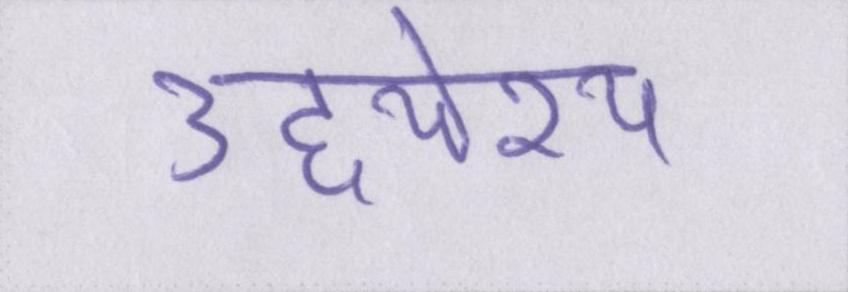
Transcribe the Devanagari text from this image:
उद्द्येश्य